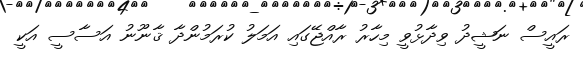
ރައީސް ނަޝީދު ވިދާޅުވީ މިހާރު ރާއްޖޭގައި އަމަލު ކުރަމުންދާ ޤާނޫނު އަސާސީ އަކީ